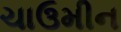
ચાઉમીન